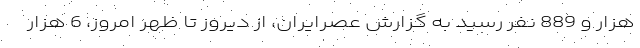
هزار و 889 نفر رسید به گزارش عصرایران، از دیروز تا ظهر امروز، 6 هزار